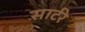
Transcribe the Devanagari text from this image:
सार्टरे